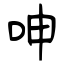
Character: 呻